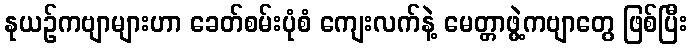
နုယဉ်ကဗျာများဟာ ခေတ်စမ်းပုံစံ ကျေးလက်နဲ့ မေတ္တာဖွဲ့ကဗျာတွေ ဖြစ်ပြီး